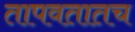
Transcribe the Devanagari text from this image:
तापवतातच